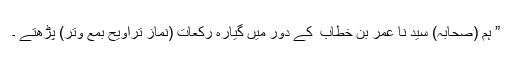
” ہم (صحابہ) سید نا عمر بن خطاب ؓ کے دور میں گیارہ رکعات (نمازِ تراویح بمع وتر) پڑھتے ۔